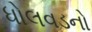
ધોલવડનો